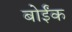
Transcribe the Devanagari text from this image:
बोईंक